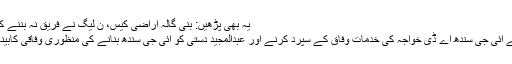
یہ بھی پڑھیں: بنی گالہ اراضی کیس، ن لیگ نے فریق نہ بننے کا فیصلہ کر لیا
سندھ کابینہ نے آئی جی سندھ اے ڈی خواجہ کی خدمات وفاق کے سپرد کرنے اور عبدالمجید دستی کو آئی جی سندھ بنانے کی منظوری وفاقی کابینہ سے لی تھی۔